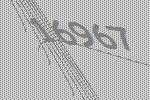
16967